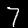
Digit: 7